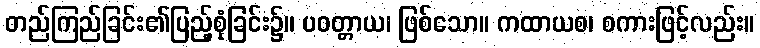
တည်ကြည်ခြင်း၏ပြည့်စုံခြင်း၌။ ပဝတ္တာယ၊ ဖြစ်သော။ ကထာယစ၊ စကားဖြင့်လည်း။